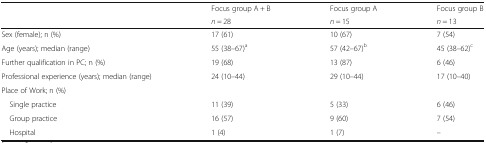
| <ROWSPAN=2>  | Focus group A + B | Focus group A | Focus group B |
 | n = 28 | n = 15 | n = 13 |
 | --- | --- | --- | --- |
 | Sex (female); n (%) | 17 (61) | 10 (67) | 7 (54) |
 | Age (years); median (range) | 55 (38–67)a | 57 (42–67)b | 45 (38–62)c |
 | Further qualification in PC; n (%) | 19 (68) | 13 (87) | 6 (46) |
 | Professional experience (years); median (range) | 24 (10–44) | 29 (10–44) | 17 (10–40) |
 | <COLSPAN=4> Place of Work; n (%) |
 | Single practice | 11 (39) | 5 (33) | 6 (46) |
 | Group practice | 16 (57) | 9 (60) | 7 (54) |
 | Hospital | 1 (4) | 1 (7) | – |